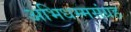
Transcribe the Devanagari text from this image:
अभिधम्मसंग्रह